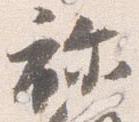
祢